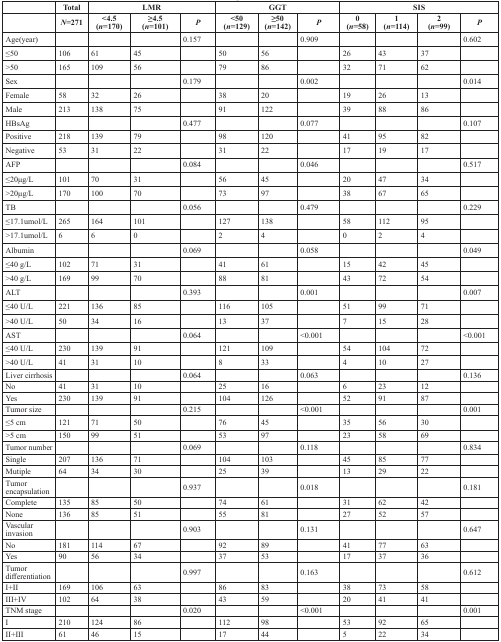
<table><thead><tr><td></td><td><b>Total</b></td><td colspan="3"><b>LMR</b></td><td colspan="3"><b>GGT</b></td><td colspan="4"><b>SIS</b></td></tr><tr><td></td><td><b><i>N</i>=271</b></td><td><b>&lt;4.5(<i>n</i>=170)</b></td><td><b>≥4.5(<i>n</i>=101)</b></td><td><b><i>P</i></b></td><td><b>&lt;50(<i>n</i>=129)</b></td><td><b>≥50(<i>n</i>=142)</b></td><td><b><i>P</i></b></td><td><b>0(<i>n</i>=58)</b></td><td><b>1(<i>n</i>=114)</b></td><td><b>2(<i>n</i>=99)</b></td><td><b><i>P</i></b></td></tr></thead><tbody><tr><td>Age(year)</td><td></td><td></td><td></td><td>0.157</td><td></td><td></td><td>0.909</td><td></td><td></td><td></td><td>0.602</td></tr><tr><td>≤50</td><td>106</td><td>61</td><td>45</td><td></td><td>50</td><td>56</td><td></td><td>26</td><td>43</td><td>37</td><td></td></tr><tr><td>&gt;50</td><td>165</td><td>109</td><td>56</td><td></td><td>79</td><td>86</td><td></td><td>32</td><td>71</td><td>62</td><td></td></tr><tr><td>Sex</td><td></td><td></td><td></td><td>0.179</td><td></td><td></td><td>0.002</td><td></td><td></td><td></td><td>0.014</td></tr><tr><td>Female</td><td>58</td><td>32</td><td>26</td><td></td><td>38</td><td>20</td><td></td><td>19</td><td>26</td><td>13</td><td></td></tr><tr><td>Male</td><td>213</td><td>138</td><td>75</td><td></td><td>91</td><td>122</td><td></td><td>39</td><td>88</td><td>86</td><td></td></tr><tr><td>HBsAg</td><td></td><td></td><td></td><td>0.477</td><td></td><td></td><td>0.077</td><td></td><td></td><td></td><td>0.107</td></tr><tr><td>Positive</td><td>218</td><td>139</td><td>79</td><td></td><td>98</td><td>120</td><td></td><td>41</td><td>95</td><td>82</td><td></td></tr><tr><td>Negative</td><td>53</td><td>31</td><td>22</td><td></td><td>31</td><td>22</td><td></td><td>17</td><td>19</td><td>17</td><td></td></tr><tr><td>AFP</td><td></td><td></td><td></td><td>0.084</td><td></td><td></td><td>0.046</td><td></td><td></td><td></td><td>0.517</td></tr><tr><td>≤20μg/L</td><td>101</td><td>70</td><td>31</td><td></td><td>56</td><td>45</td><td></td><td>20</td><td>47</td><td>34</td><td></td></tr><tr><td>&gt;20μg/L</td><td>170</td><td>100</td><td>70</td><td></td><td>73</td><td>97</td><td></td><td>38</td><td>67</td><td>65</td><td></td></tr><tr><td>TB</td><td></td><td></td><td></td><td>0.056</td><td></td><td></td><td>0.479</td><td></td><td></td><td></td><td>0.229</td></tr><tr><td>≤17.1umol/L</td><td>265</td><td>164</td><td>101</td><td></td><td>127</td><td>138</td><td></td><td>58</td><td>112</td><td>95</td><td></td></tr><tr><td>&gt;17.1umol/L</td><td>6</td><td>6</td><td>0</td><td></td><td>2</td><td>4</td><td></td><td>0</td><td>2</td><td>4</td><td></td></tr><tr><td>Albumin</td><td></td><td></td><td></td><td>0.069</td><td></td><td></td><td>0.058</td><td></td><td></td><td></td><td>0.049</td></tr><tr><td>≤40 g/L</td><td>102</td><td>71</td><td>31</td><td></td><td>41</td><td>61</td><td></td><td>15</td><td>42</td><td>45</td><td></td></tr><tr><td>&gt;40 g/L</td><td>169</td><td>99</td><td>70</td><td></td><td>88</td><td>81</td><td></td><td>43</td><td>72</td><td>54</td><td></td></tr><tr><td>ALT</td><td></td><td></td><td></td><td>0.393</td><td></td><td></td><td>0.001</td><td></td><td></td><td></td><td>0.007</td></tr><tr><td>≤40 U/L</td><td>221</td><td>136</td><td>85</td><td></td><td>116</td><td>105</td><td></td><td>51</td><td>99</td><td>71</td><td></td></tr><tr><td>&gt;40 U/L</td><td>50</td><td>34</td><td>16</td><td></td><td>13</td><td>37</td><td></td><td>7</td><td>15</td><td>28</td><td></td></tr><tr><td>AST</td><td></td><td></td><td></td><td>0.064</td><td></td><td></td><td>&lt;0.001</td><td></td><td></td><td></td><td>&lt;0.001</td></tr><tr><td>≤40 U/L</td><td>230</td><td>139</td><td>91</td><td></td><td>121</td><td>109</td><td></td><td>54</td><td>104</td><td>72</td><td></td></tr><tr><td>&gt;40 U/L</td><td>41</td><td>31</td><td>10</td><td></td><td>8</td><td>33</td><td></td><td>4</td><td>10</td><td>27</td><td></td></tr><tr><td>Liver cirrhosis</td><td></td><td></td><td></td><td>0.064</td><td></td><td></td><td>0.063</td><td></td><td></td><td></td><td>0.136</td></tr><tr><td>No</td><td>41</td><td>31</td><td>10</td><td></td><td>25</td><td>16</td><td></td><td>6</td><td>23</td><td>12</td><td></td></tr><tr><td>Yes</td><td>230</td><td>139</td><td>91</td><td></td><td>104</td><td>126</td><td></td><td>52</td><td>91</td><td>87</td><td></td></tr><tr><td>Tumor size</td><td></td><td></td><td></td><td>0.215</td><td></td><td></td><td>&lt;0.001</td><td></td><td></td><td></td><td>0.001</td></tr><tr><td>≤5 cm</td><td>121</td><td>71</td><td>50</td><td></td><td>76</td><td>45</td><td></td><td>35</td><td>56</td><td>30</td><td></td></tr><tr><td>&gt;5 cm</td><td>150</td><td>99</td><td>51</td><td></td><td>53</td><td>97</td><td></td><td>23</td><td>58</td><td>69</td><td></td></tr><tr><td>Tumor number</td><td></td><td></td><td></td><td>0.069</td><td></td><td></td><td>0.118</td><td></td><td></td><td></td><td>0.834</td></tr><tr><td>Single</td><td>207</td><td>136</td><td>71</td><td></td><td>104</td><td>103</td><td></td><td>45</td><td>85</td><td>77</td><td></td></tr><tr><td>Mutiple</td><td>64</td><td>34</td><td>30</td><td></td><td>25</td><td>39</td><td></td><td>13</td><td>29</td><td>22</td><td></td></tr><tr><td>Tumor encapsulation</td><td></td><td></td><td></td><td>0.937</td><td></td><td></td><td>0.018</td><td></td><td></td><td></td><td>0.181</td></tr><tr><td>Complete</td><td>135</td><td>85</td><td>50</td><td></td><td>74</td><td>61</td><td></td><td>31</td><td>62</td><td>42</td><td></td></tr><tr><td>None</td><td>136</td><td>85</td><td>51</td><td></td><td>55</td><td>81</td><td></td><td>27</td><td>52</td><td>57</td><td></td></tr><tr><td>Vascular invasion</td><td></td><td></td><td></td><td>0.903</td><td></td><td></td><td>0.131</td><td></td><td></td><td></td><td>0.647</td></tr><tr><td>No</td><td>181</td><td>114</td><td>67</td><td></td><td>92</td><td>89</td><td></td><td>41</td><td>77</td><td>63</td><td></td></tr><tr><td>Yes</td><td>90</td><td>56</td><td>34</td><td></td><td>37</td><td>53</td><td></td><td>17</td><td>37</td><td>36</td><td></td></tr><tr><td>Tumor differentiation</td><td></td><td></td><td></td><td>0.997</td><td></td><td></td><td>0.163</td><td></td><td></td><td></td><td>0.612</td></tr><tr><td>I+II</td><td>169</td><td>106</td><td>63</td><td></td><td>86</td><td>83</td><td></td><td>38</td><td>73</td><td>58</td><td></td></tr><tr><td>III+IV</td><td>102</td><td>64</td><td>38</td><td></td><td>43</td><td>59</td><td></td><td>20</td><td>41</td><td>41</td><td></td></tr><tr><td>TNM stage</td><td></td><td></td><td></td><td>0.020</td><td></td><td></td><td>&lt;0.001</td><td></td><td></td><td></td><td>0.001</td></tr><tr><td>I</td><td>210</td><td>124</td><td>86</td><td></td><td>112</td><td>98</td><td></td><td>53</td><td>92</td><td>65</td><td></td></tr><tr><td>II+III</td><td>61</td><td>46</td><td>15</td><td></td><td>17</td><td>44</td><td></td><td>5</td><td>22</td><td>34</td><td></td></tr></tbody></table>